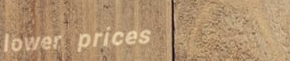
lower prices